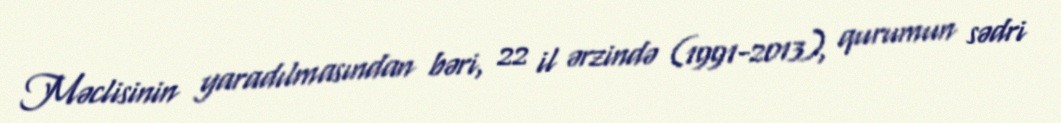
Məclisinin yaradılmasından bəri, 22 il ərzində (1991-2013), qurumun sədri